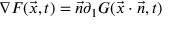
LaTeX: \nabla F ( { \vec { x } } , t ) = { \vec { n } } \partial _ { 1 } G ( { \vec { x } } \cdot { \vec { n } } , t )